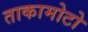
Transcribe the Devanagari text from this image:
ताकामोटो